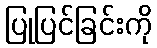
ပြုပြင်ခြင်းကို